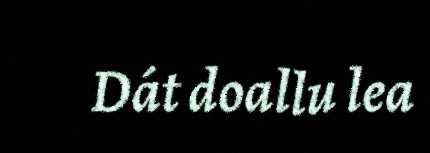
Dát doallu lea